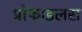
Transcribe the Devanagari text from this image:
प्रोफाइलस